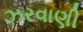
ઝરવાણી